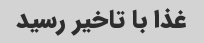
غذا با تاخیر رسید